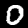
Label: 0